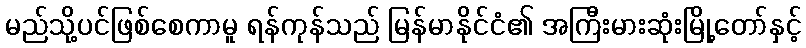
မည်သို့ပင်ဖြစ်စေကာမူ ရန်ကုန်သည် မြန်မာနိုင်ငံ၏ အကြီးမားဆုံးမြို့တော်နှင့်